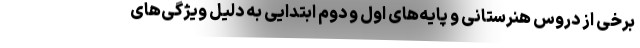
برخی از دروس هنرستانی و پایه‌های اول و دوم ابتدایی به دلیل ویژگی‌های